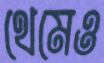
থেমেও